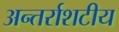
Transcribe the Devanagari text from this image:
अन्तर्राशटीय